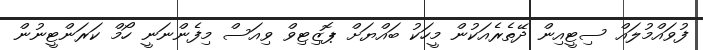
ފުވައްމުލައް ސިޓީއިން ދޭތެރެއަކުން މީހަކު ބައްޔަށް ޕޮޒިޓިވް ވިއަސް މިފެންނަނީ ހޯމް ކަރަންޓީނުން